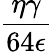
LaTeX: \frac{\eta\gamma}{64\epsilon}